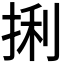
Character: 𪭼